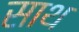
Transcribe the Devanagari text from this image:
साथ